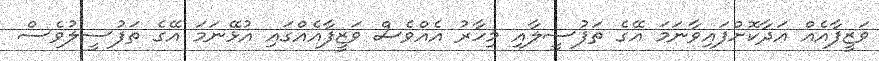
ވަޒީފާއެއް އަދާކޮށްފައިވާނަމަ އޭގެ ތަފުސީލާއި މިހާރު އެއްވެސް ވަޒީފާއެއްގައި އުޅޭނަމަ އޭގެ ތަފުސީލުވެސް